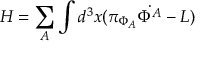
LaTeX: H = \sum _ { A } \int d ^ { 3 } x ( \pi _ { \Phi _ { A } } \dot { \Phi ^ { A } } - { \cal L } )